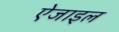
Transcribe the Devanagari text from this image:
ऐजाइल